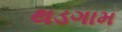
થડગામ